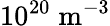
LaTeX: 10^{20}\; \mathrm{m^{-3}}